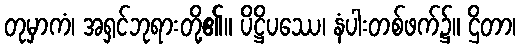
တုမှာကံ၊ အရှင်ဘုရားတို့၏။ ပိဋ္ဌိပဿေ၊ နံပါးတစ်ဖက်၌။ ဌိတာ၊